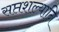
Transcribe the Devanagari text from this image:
सप्तशल्यानि